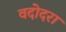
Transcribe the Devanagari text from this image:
वदोदरा